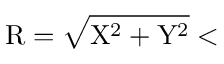
{ \mathrm R } = \sqrt { { \mathrm X } ^ { 2 } + { \mathrm Y } ^ { 2 } } <